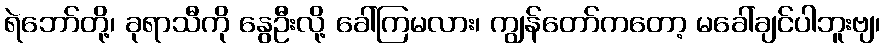
ရဲဘော်တို့၊ ခုရာသီကို နွေဦးလို့ ခေါ်ကြမလား၊ ကျွန်တော်ကတော့ မခေါ်ချင်ပါဘူးဗျ၊